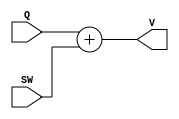
`timescale 1ns / 1ps
//////////////////////////////////////////////////////////////////////////////////
// Company: 
// Engineer: 
// 
// Design Name: 
// Module Name: Sword
// Project Name: 
// Target Devices: 
// Tool Versions: 
// Description: 
// 
// Dependencies: 
// 
// Revision:
// Revision 0.01 - File Created
// Additional Comments:
// 
//////////////////////////////////////////////////////////////////////////////////


module Sword(input Q, SW, output V);

    assign V = Q + SW;

endmodule